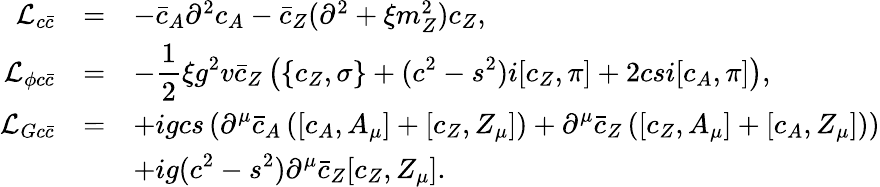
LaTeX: \begin{array}{rcl}{{{\cal L}_{c\bar{c}}}}&{{=}}&{{-\bar{c}_{A}\partial^{2}c_{A}-\bar{c}_{Z}(\partial^{2}+\xi m_{Z}^{2})c_{Z},}}\\ {{{\cal L}_{\phi c\bar{c}}}}&{{=}}&{{\displaystyle-\frac{1}{2}\xi g^{2}v\bar{c}_{Z}\left(\{ c_{Z},\sigma\} +(c^{2}-s^{2})i[c_{Z},\pi]+2csi[c_{A},\pi]\right),}}\\ {{{\cal L}_{Gc\bar{c}}}}&{{=}}&{{\displaystyle+igcs\left(\partial^{\mu}\bar{c}_{A}\left([c_{A},A_{\mu}]+[c_{Z},Z_{\mu}]\right)+\partial^{\mu}\bar{c}_{Z}\left([c_{Z},A_{\mu}]+[c_{A},Z_{\mu}]\right)\right)}}\\ {{}}&{{}}&{{\displaystyle+ig(c^{2}-s^{2})\partial^{\mu}\bar{c}_{Z}[c_{Z},Z_{\mu}].}}\end{array}